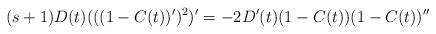
LaTeX: \begin{align*}(s+1)D(t)(((1-C(t))')^2)' = -2D'(t)(1-C(t))(1-C(t))''\end{align*}